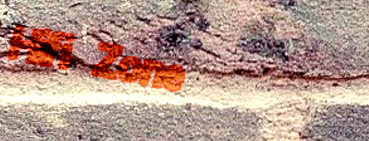
Hifi Zone